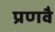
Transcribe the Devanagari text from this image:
प्रणवै